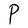
Character: P